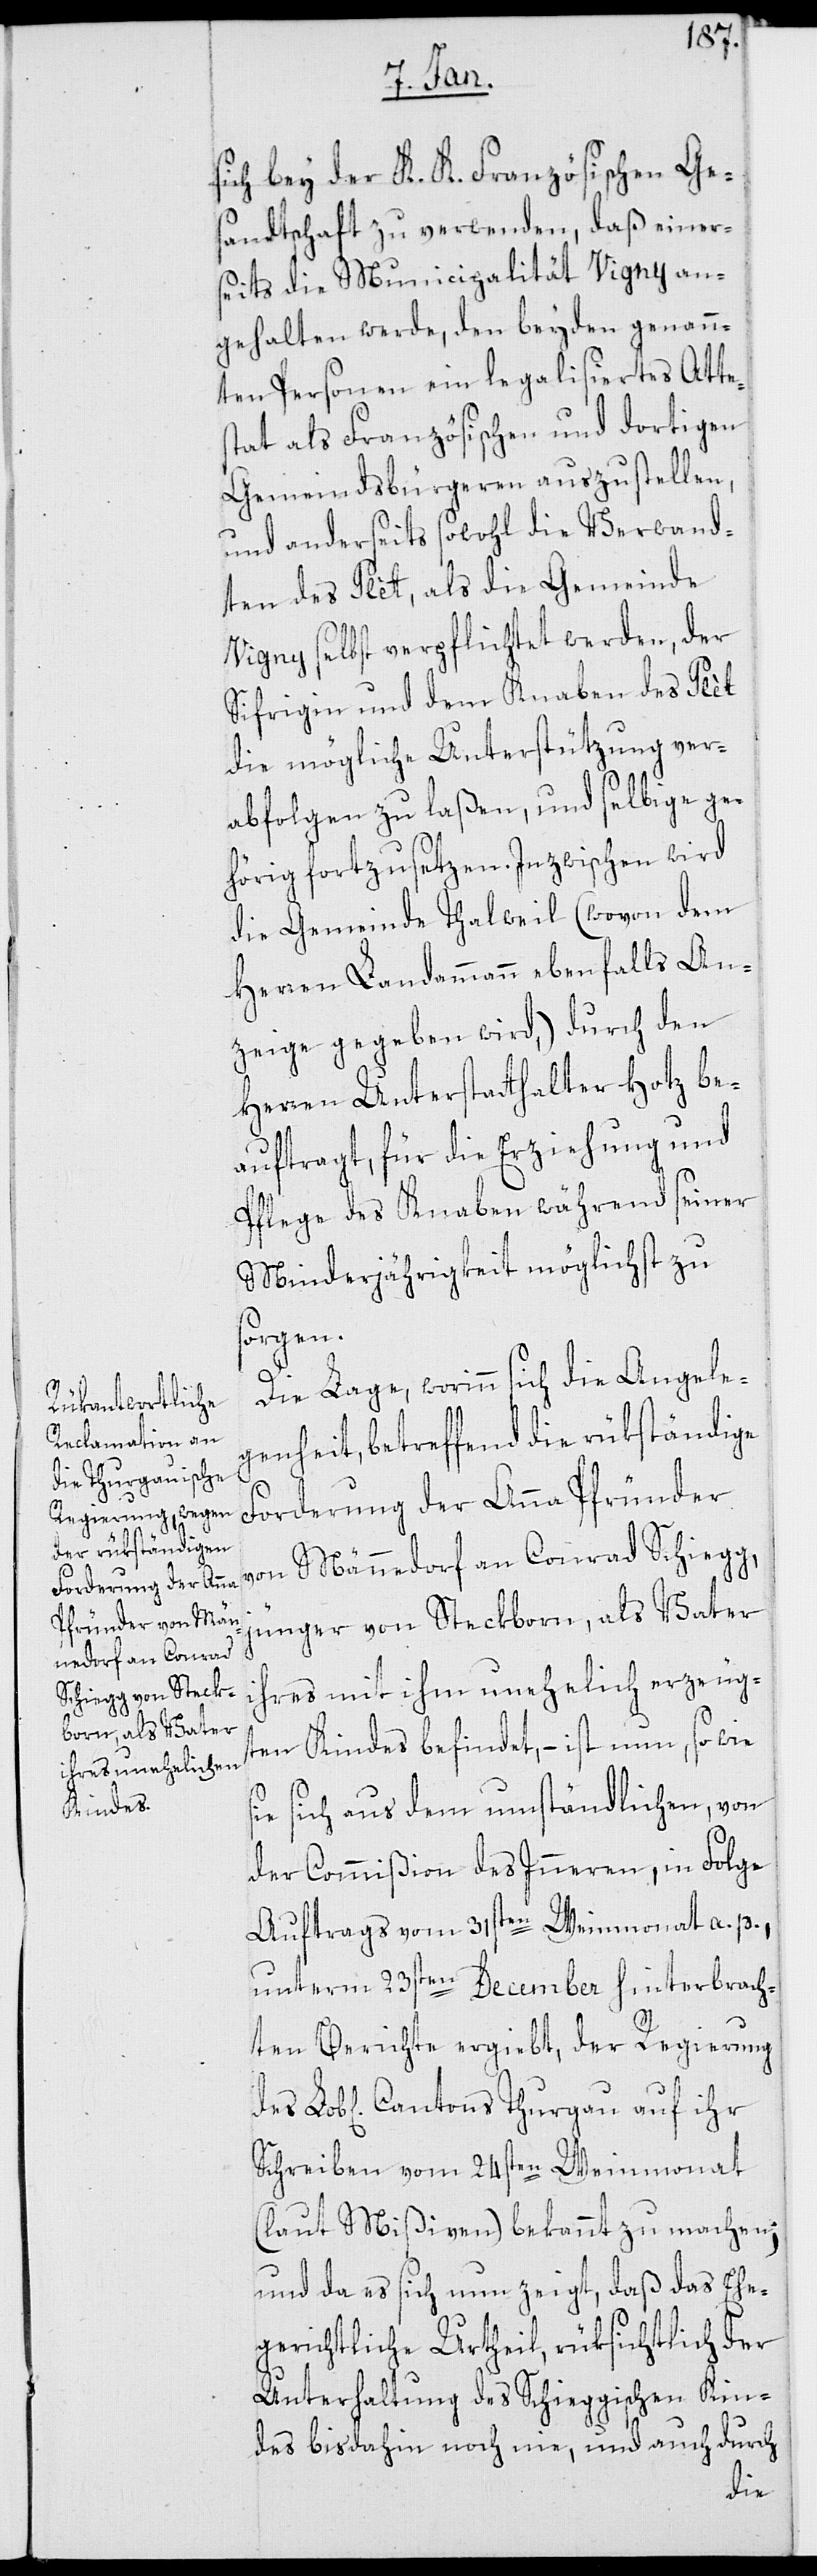
sich bey der K. K. Französischen Ges¬
andtschaft zu verwenden, daß einer¬
seits die Municipalität Vigny an¬
gehalten werde, den beyden genann¬
ten Personen ein legalisiertes Attes¬
tat als Französischen und dortigen
Gemeindsbürgeren auszustellen,
und anderseits sowohl die Verwand¬
ten des Plèt, als die Gemiende
Vigny selbst verpflichtet werden, der
Sifrigin und dem Knaben des Plèt
die mögliche Unterstützung ver¬
abfolgen zu laßen, und selbige ge¬
hörig fortzusetzen. Inzwischen wird
die Gemeinde Thalweil (wovon dem
Herren Landammann ebenfalls An¬
zeige gegeben wird), durch den
Herren Unterstatthalter Hotz be¬
auftragt, für die Erziehung und
Pflege des Knaben während seiner
Minderjährigkeit möglichst zu
sorgen.
Die Lage, worinn sich die Angele¬
genheit betreffend die rükständige
Forderung der Anna Pfründer
von Männedorf an Conrad Schiegg,
jünger, von Steckborn, als Vater
ihres mit ihm unehelich erzeug¬
ten Kindes befindet, – ist nun, sowie
sie sich aus dem umständlichen, von
der Commißion des Inneren, in Folge
Auftrags vom 31sten Weinmonat a. p.,
unterm 23sten December hinterbrach¬
ten Berichte ergiebt, der Regierung
Schreiben vom 24sten Weinmonat
(laut Mißiven) bekannt zu machen;
und da es sich nun zeigt, daß das Ehe¬
gerichtliche Urtheil, rüksichtlich der
Unterhaltung des Schieggischen Kin¬
des bis dahin noch nie, und auch durch